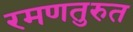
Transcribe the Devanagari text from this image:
रमणतुरुत